Vaccination North-Western Provinces 1866-1877 - 1866-1877
Year: 1866
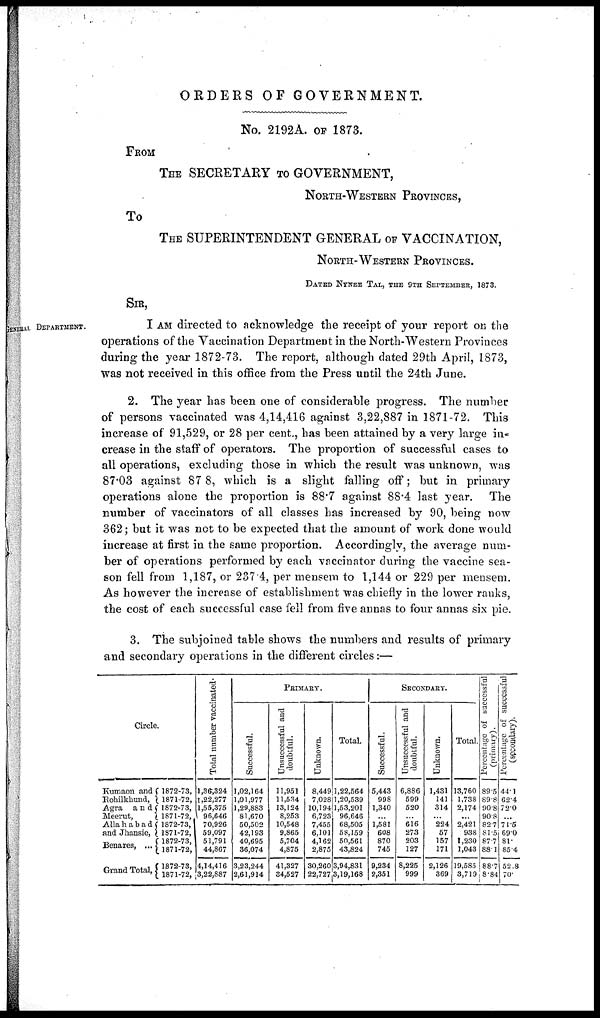
ORDERS OF GOVERNMENT.
No. 2192A. OF 1873.
FROM
THE SECRETARY TO GOVERNMENT,
NORTH-WESTERN PROVINCES,
TO
THE SUPERINTENDENT GENERAL OF VACCINATION,
NORTH-WESTERN PROVINCES.
DATED NYNEE TAL, THE 9TH SEPTEMBER, 1873.
SIR,
GENERAL. DEPARTMENT.
I AM directed to acknowledge the receipt of your report on the
operations of the Vaccination Department in the North-Western Provinces
during the year 1872-73. The report, although dated 29th April, 1873,
was not received in this office from the Press until the 24th June.
2. The year has been one of considerable progress. The number
of persons vaccinated was 4,14,416 against 3,22,887 in 1871-72. This
increase of 91,529, or 28 per cent., has been attained by a very large in-
crease in the staff of operators. The proportion of successful cases to
all operations, excluding those in which the result was unknown, was
87.03 against 87 8, which is a slight falling off; but in primary
operations alone the proportion is 88.7 against 88.4 last year. The
number of vaccinators of all classes has increased by 90, being now
362; but it was not to be expected that the amount of work done would
increase at first in the same proportion. Accordingly, the average num-
ber of operations performed by each vaccinator during the vaccine sea-
son fell from 1,187, or 237.4, per mensem to 1,144 or 229 per mensem.
As however the increase of establishment was chiefly in the lower ranks,
the cost of each successful case fell from five annas to four annas six pie.
3. The subjoined table shows the numbers and results of primary
and secondary operations in the different circles:—
Circle.
Kumaon and
Rohilkhund,
Agra
and
Meerut,
Allahabad
and Jhansie,
Benares, ...
Grand Total,
1872-73,
1871-72,
1872-73,
1871-72,
1872-73,
1871-72,
1872-73,
1871-72,
1872-73,
1871-72,
Total number vaccinated-
l,36,324
1,22,277
1,55,375
96,646
70,926
59,097
51,791
44,867
4,14,416
3,22,887
PRIMARY.
Successful.
1,02,164
1,01,977
1,29,883
81,670
50,502
42,193
40,695
36,074
3,23,244
2,61,914
Unsuccessful and
doubtful.
11,951
11,534
13,124
8,253
10,548
9,865
5,704
4,875
41,327
34,527
Unknown.
8,449
7,028
10,194
6,723
7,455
6,101
4,162
2,875
30,260
22,727
Total.
1,22,564
1,20,539
1,53,201
96,646
68,505
58,159
50,561
43,824
3,94,831
3,19,168
Secondary.
Successful.
5,443
998
1,340
...
1,581
608
870
745
9,234
2,351
Unsuccessful and
doubtful.
6,886
599
520
...
616
273
203
127
8,225
999
Unknown.
1,431
141
314
...
224
57
157
171
2,126
369
Total.
13,760
1,738
2,174
...
2,421
938
1,230
1,043
19,585
3,719
Percentage of successful
(primary).
89.5
89.8
90.8
90.8
82.7
81.5
87.7
88.1
88.7
8.84
Percentage of successful
(secondary).
44.1
62.4
72.0
...
71.5
69.0
81.
85.4
52.8
70.